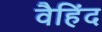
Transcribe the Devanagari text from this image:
वैहिंद